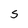
Character: S